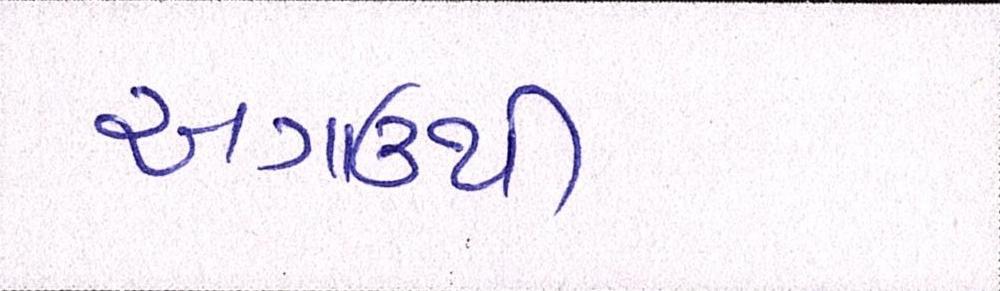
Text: અગાઉથી